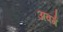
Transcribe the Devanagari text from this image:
अवर्ग